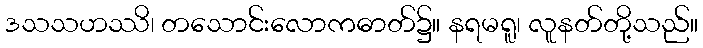
ဒသသဟဿိ၊ တသောင်းလောကဓာတ်၌။ နရမရူ၊ လူနတ်တို့သည်။